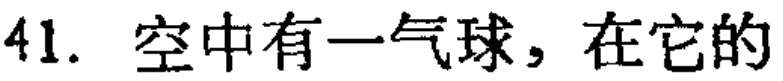
41. 空中有一气球，在它的